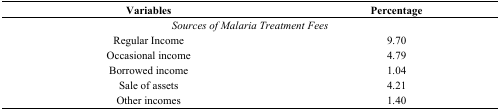
<table><thead><tr><td><b>Variables</b></td><td><b>Percentage</b></td></tr></thead><tbody><tr><td colspan="2"><i>Sources of Malaria Treatment Fees</i></td></tr><tr><td>Regular Income</td><td>9.70</td></tr><tr><td>Occasional income</td><td>4.79</td></tr><tr><td>Borrowed income</td><td>1.04</td></tr><tr><td>Sale of assets</td><td>4.21</td></tr><tr><td>Other incomes</td><td>1.40</td></tr></tbody></table>